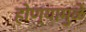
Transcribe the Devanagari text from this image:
होण्यामुळे